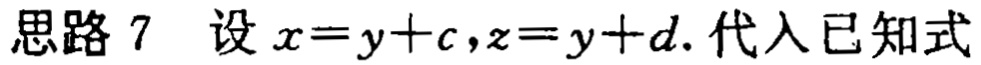
思路 7 设 \(x = y + c,z = y + d.\) 代入已知式